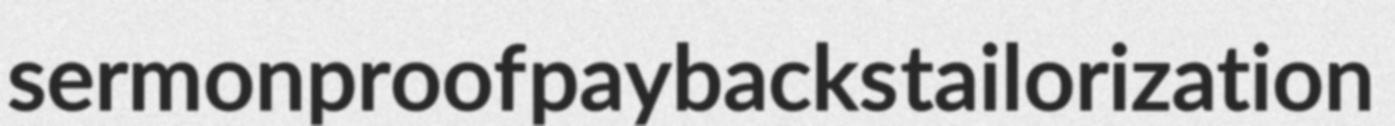
sermonproof paybacks tailorization